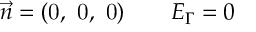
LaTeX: \vec { n } = ( \mathrm { 0 , ~ 0 , ~ 0 } ) \mathrm { ~ \ \ \ \ \ } E _ { \Gamma } = 0 \mathrm { ~ \ \ \ \ \ }